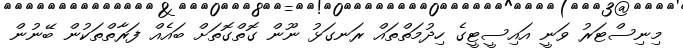
މިނިސްޓަރު ވަނީ އައިސީޓީގެ ހިދުމަތްތައް ރަނގަޅު ނޫން ގޮތްގޮތަށް ބައެއް ފަރާތްތަކުން ބޭނުން